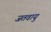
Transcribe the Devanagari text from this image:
जतवायु